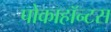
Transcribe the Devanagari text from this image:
पोकाहॉन्टस